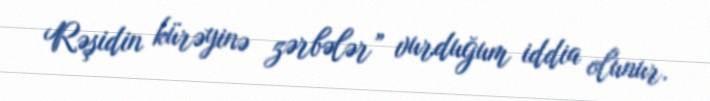
Rəşidin kürəyinə zərbələr” vurduğum iddia olunur.